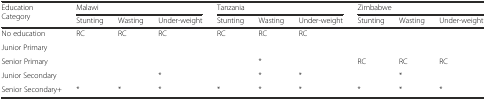
<table><thead><tr><td rowspan="2"><b>Education Category</b></td><td colspan="3"><b>Malawi</b></td><td colspan="3"><b>Tanzania</b></td><td colspan="3"><b>Zimbabwe</b></td></tr><tr><td><b>Stunting</b></td><td><b>Wasting</b></td><td><b>Under-weight</b></td><td><b>Stunting</b></td><td><b>Wasting</b></td><td><b>Under-weight</b></td><td><b>Stunting</b></td><td><b>Wasting</b></td><td><b>Under-weight</b></td></tr></thead><tbody><tr><td>No education</td><td>RC</td><td>RC</td><td>RC</td><td>RC</td><td>RC</td><td>RC</td><td></td><td></td><td></td></tr><tr><td>Junior Primary</td><td></td><td></td><td></td><td></td><td></td><td></td><td></td><td></td><td></td></tr><tr><td>Senior Primary</td><td></td><td></td><td></td><td></td><td>*</td><td></td><td>RC</td><td>RC</td><td>RC</td></tr><tr><td>Junior Secondary</td><td></td><td></td><td>*</td><td></td><td>*</td><td>*</td><td></td><td>*</td><td></td></tr><tr><td>Senior Secondary+</td><td>*</td><td>*</td><td>*</td><td>*</td><td>*</td><td>*</td><td>*</td><td>*</td><td>*</td></tr></tbody></table>